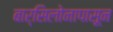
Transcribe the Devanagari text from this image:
बार्सिलोनापासून